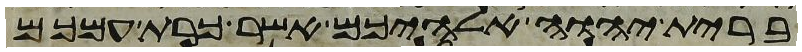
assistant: ברית יהוה אלהיכם אשר כרת עמכם